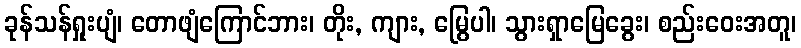
ခုန်သန်ရှုးပျံ၊ တောဖျံကြောင်ဘား၊ တိုး, ကျား, မြွေပါ၊ သွားရှာမြေခွေး၊ စည်းဝေးအတူ၊